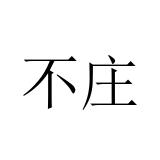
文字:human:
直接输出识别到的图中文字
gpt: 不庄